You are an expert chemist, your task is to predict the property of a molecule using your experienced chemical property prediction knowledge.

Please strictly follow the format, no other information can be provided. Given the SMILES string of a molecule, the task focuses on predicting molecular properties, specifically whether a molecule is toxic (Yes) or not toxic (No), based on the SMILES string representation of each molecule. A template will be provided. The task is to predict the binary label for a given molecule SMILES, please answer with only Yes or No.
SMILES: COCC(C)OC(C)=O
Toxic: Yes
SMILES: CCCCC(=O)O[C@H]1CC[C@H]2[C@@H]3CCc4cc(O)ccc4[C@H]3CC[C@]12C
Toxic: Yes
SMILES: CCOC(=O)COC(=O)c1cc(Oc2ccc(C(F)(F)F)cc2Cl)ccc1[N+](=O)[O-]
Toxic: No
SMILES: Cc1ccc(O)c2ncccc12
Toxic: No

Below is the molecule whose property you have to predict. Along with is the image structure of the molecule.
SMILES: CC(C)(C)C(=O)C1C(=O)c2ccccc2C1=O
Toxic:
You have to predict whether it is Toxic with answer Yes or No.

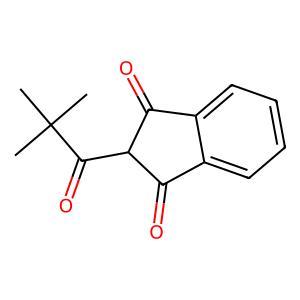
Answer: No